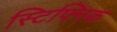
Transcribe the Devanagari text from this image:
स्टिफ्निक